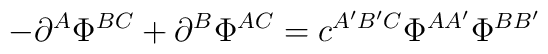
-\partial^A\Phi^{BC}+\partial^B \Phi^{AC}=c^{A'B'C}\Phi^{AA'}\Phi^{BB'}